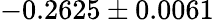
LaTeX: -0.2625\pm 0.0061